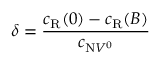
\delta = \frac { c _ { \mathrm { R } } ( 0 ) - c _ { \mathrm { R } } ( B ) } { c _ { \mathrm { N } V ^ { 0 } } }